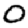
Digit: 0